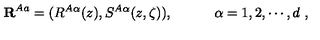
{ \bf R } ^ { A a } = ( R ^ { A \alpha } ( z ) , S ^ { A \alpha } ( z , \zeta ) ) , \quad \quad \quad \alpha = 1 , 2 , \cdots , d \ ,